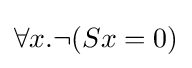
\forall x.\lnot (Sx=0)